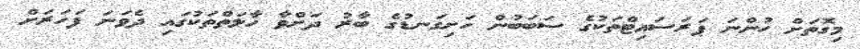
މިގޮތަށް ހުންނަ ޕަރަސައިޓްތަކުގެ ސަބަބުން ހަށިގަނޑުގެ ބާރު ދަށްވާ ހާލަތްތަކުގައި ދެވަނަ ފަހަރަށް